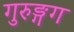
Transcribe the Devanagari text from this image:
गुरुङ्गग